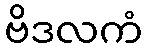
ဗိဒလကံ